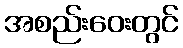
အစည်းဝေးတွင်